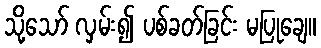
သို့သော် လှမ်း၍ ပစ်ခတ်ခြင်း မပြုချေ။